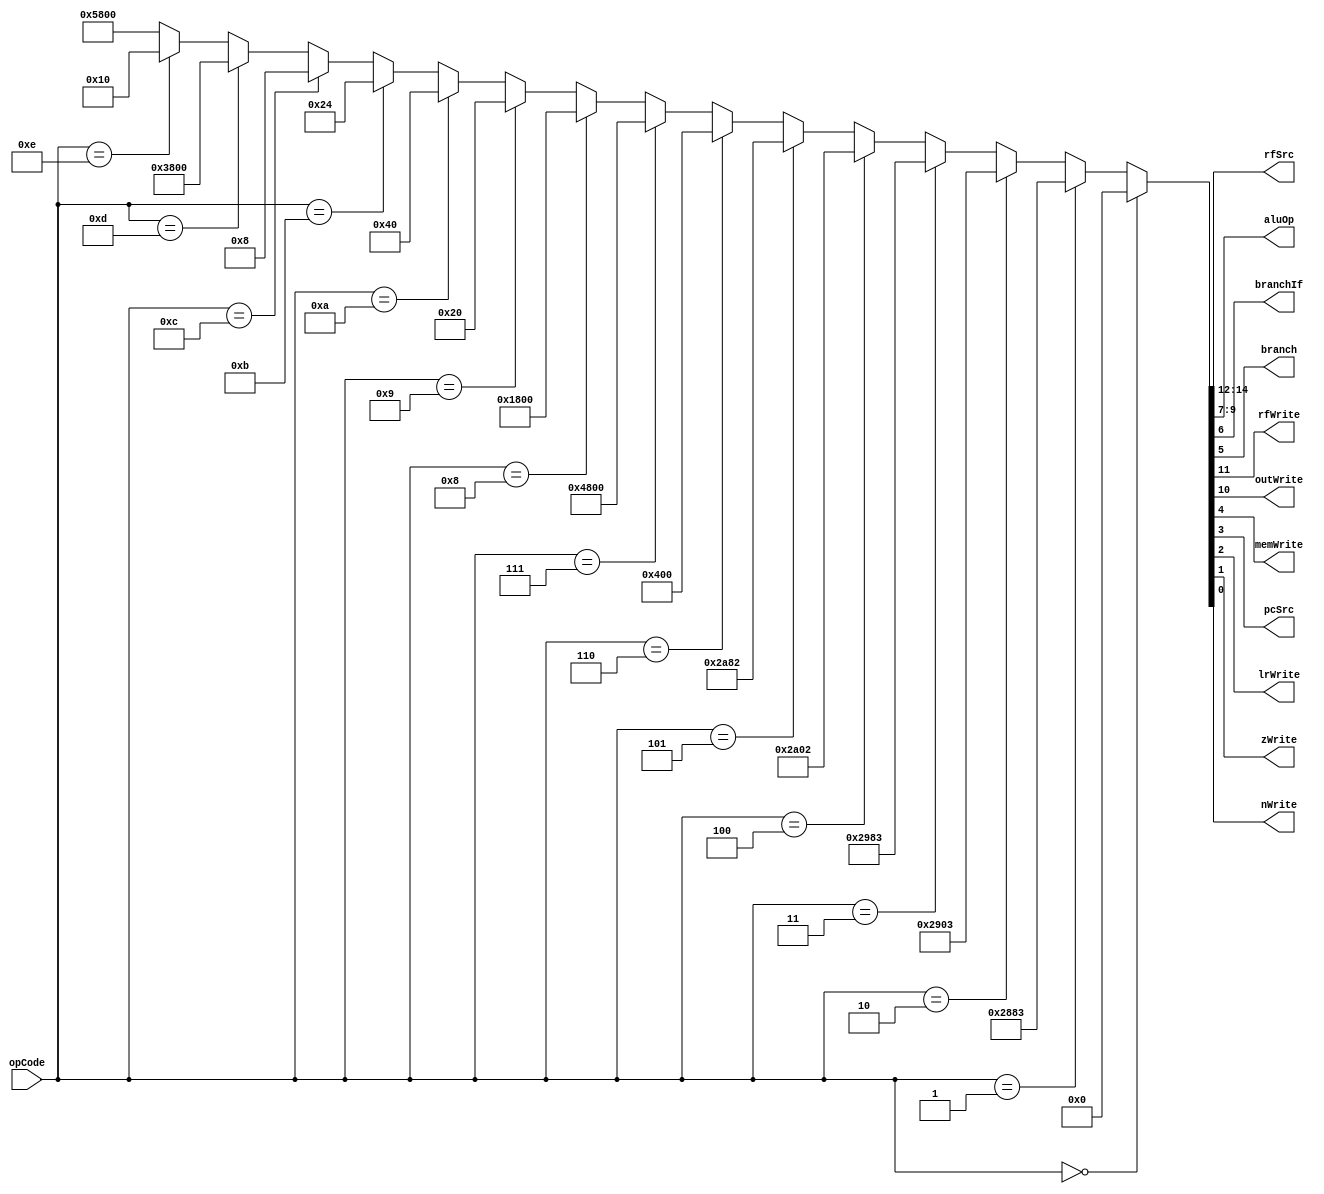
`timescale 1ns / 1ps
///////////////////////////////////////////////////////////////////////////////
// ENGI-0538-WB Computer Organization
// Lab Project: Single Cycle Processor
// Module Name:    controller 
// Target Devices: Xilinx Spartan 3E Starter Board
//
// Description:
//
// Each control signal is embedded in a 15 bit control word as follows: 
//
// OpCode Mnemonic Rf   Rf     Out     ALU  Branch  Branch Mem    PC   LR    Z      N
//                 Src  Write  Write   Op   If             Write  Src  Write Write  Write  
//   0    NOP      000    0      0     000    0       0     0      0    0     0      0 
//   1    ADD      010    1      0     001    0       0     0      0    0     1      1
//   2    SUB      010    1      0     010    0       0     0      0    0     1      1
//   3    NAND     010    1      0     011    0       0     0      0    0     1      1
//   4    SHL      010    1      0     100    0       0     0      0    0     1      0
//   5    SHR      010    1      0     101    0       0     0      0    0     1      0
//   6    OUT      000    0      1     000    0       0     0      0    0     0      0
//   7    IN       100    1      0     000    0       0     0      0    0     0      0
//   8    MOV      001    1      0     000    0       0     0      0    0     0      0
//   9    BR       000    0      0     000    0       1     0      0    0     0      0
//   A    BR.Z     000    0      0     000    1       0     0      0    0     0      0
//   A    BR.N     000    0      0     000    1       0     0      0    0     0      0
//   B    BR.SUB   000    0      0     000    0       1     0      0    1     0      0
//   C    RETURN   000    0      0     000    0       0     0      1    0     0      0
//   D    LOAD     011    1      0     000    0       0     0      0    0     0      0 
//   E    STORE    000    0      0     000    0       0     1      0    0     0      0
//   F    LOADIMM  101    1      0     000    0       0     0      0    0     0      0
////////////////////////////////////////////////////////////////////////////////////////
module controller(
    input [3:0] opCode,
    output [2:0]rfSrc,
    output [2:0] aluOp,
    output branchIf,
    output branch,    
    output rfWrite,    
    output outWrite,
    output memWrite,
    output pcSrc,
    output lrWrite,
    output zWrite,
    output nWrite        
    );
    
    wire[14:0] controlWord;
    
    assign controlWord = opCode == 4'h0 ? 15'b000000000000000 :
                         opCode == 4'h1 ? 15'b010100010000011 :
                         opCode == 4'h2 ? 15'b010100100000011 :
                         opCode == 4'h3 ? 15'b010100110000011 :
                         opCode == 4'h4 ? 15'b010101000000010 :
                         opCode == 4'h5 ? 15'b010101010000010 :
                         opCode == 4'h6 ? 15'b000010000000000 :
                         opCode == 4'h7 ? 15'b100100000000000 :
                         opCode == 4'h8 ? 15'b001100000000000 :
                         opCode == 4'h9 ? 15'b000000000100000 :
                         opCode == 4'hA ? 15'b000000001000000 :
                         opCode == 4'hB ? 15'b000000000100100 :
                         opCode == 4'hC ? 15'b000000000001000 :
                         opCode == 4'hD ? 15'b011100000000000 :
                         opCode == 4'hE ? 15'b000000000010000 : 15'b101100000000000;
                         
    assign rfSrc = controlWord[14:12];
    assign rfWrite = controlWord[11];
    assign outWrite = controlWord[10];
    assign aluOp = controlWord[9:7];
    assign branchIf = controlWord[6];
    assign branch = controlWord[5];
    assign memWrite = controlWord[4];
    assign pcSrc = controlWord[3];
    assign lrWrite = controlWord[2];
    assign zWrite = controlWord[1];
    assign nWrite = controlWord[0];
endmodule